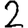
Digit: 2